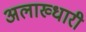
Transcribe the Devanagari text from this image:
अलाख्धारी